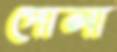
পোলা